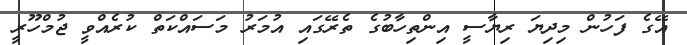
އޭގެ ފަހުން މިދިޔަ ރިޔާސީ އިންތިހާބުގެ ތެރޭގައި އުމަރު މަސައްކަތް ކުރެއްވީ ޖުމްހޫރީ